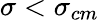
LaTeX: \sigma<\sigma_{cm}